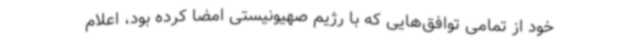
خود از تمامی توافق‌هایی که با رژیم صهیونیستی امضا کرده بود، اعلام